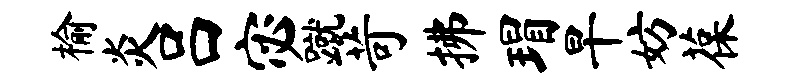
榆炎吕宓蹴苛拂瑁旱妨葆